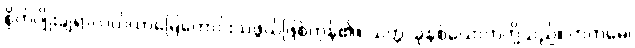
စိုက်ပျိုးချရာလယ်ယာမြေကောင်းသဖွယ်ဖြစ်ကုန်၏။ သတ္တ၊ ခုနစ်ယောက်တို့သည်။ ကတမေ၊